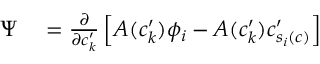
\begin{array} { r l } { \Psi } & { { } = { \frac { \partial } { \partial c _ { k } ^ { \prime } } \left[ A ( c _ { k } ^ { \prime } ) \phi _ { i } - A ( c _ { k } ^ { \prime } ) c _ { s _ { i } ( c ) } ^ { \prime } \right] } } \end{array}